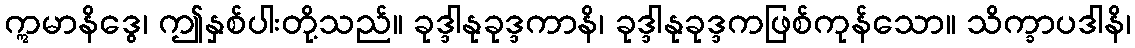
ဣမာနိဒွေ၊ ဤနှစ်ပါးတို့သည်။ ခုဒ္ဒါနုခုဒ္ဒကာနိ၊ ခုဒ္ဒါနုခုဒ္ဒကဖြစ်ကုန်သော။ သိက္ခာပဒါနိ၊